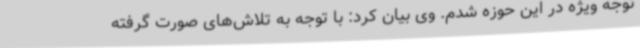
توجه ویژه در این حوزه شدم. وی بیان کرد: با توجه به تلاش‌های صورت گرفته